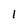
Character: 1